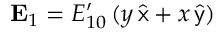
{ \bf E } _ { 1 } = E _ { 1 0 } ^ { \prime } \, ( y \, \widehat { \sf x } + x \, \widehat { \sf y } )